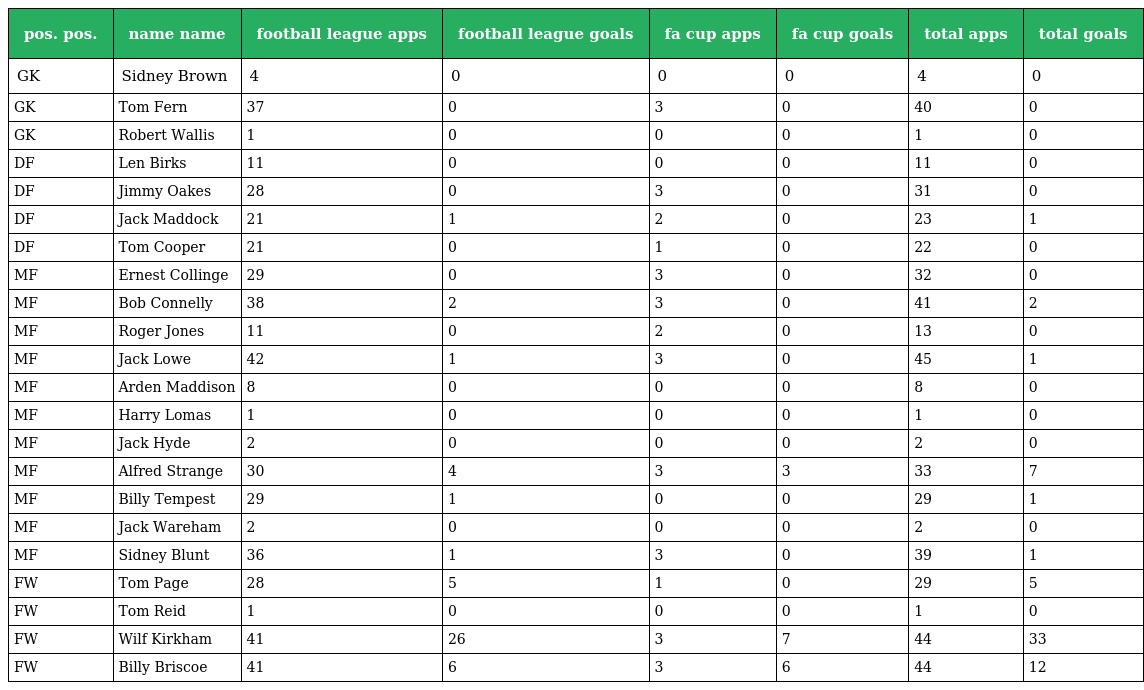
| pos. pos. | name name | football league apps | football league goals | fa cup apps | fa cup goals | total apps | total goals |
 | --- | --- | --- | --- | --- | --- | --- | --- |
 | GK | Sidney Brown | 4 | 0 | 0 | 0 | 4 | 0 |
 | GK | Tom Fern | 37 | 0 | 3 | 0 | 40 | 0 |
 | GK | Robert Wallis | 1 | 0 | 0 | 0 | 1 | 0 |
 | DF | Len Birks | 11 | 0 | 0 | 0 | 11 | 0 |
 | DF | Jimmy Oakes | 28 | 0 | 3 | 0 | 31 | 0 |
 | DF | Jack Maddock | 21 | 1 | 2 | 0 | 23 | 1 |
 | DF | Tom Cooper | 21 | 0 | 1 | 0 | 22 | 0 |
 | MF | Ernest Collinge | 29 | 0 | 3 | 0 | 32 | 0 |
 | MF | Bob Connelly | 38 | 2 | 3 | 0 | 41 | 2 |
 | MF | Roger Jones | 11 | 0 | 2 | 0 | 13 | 0 |
 | MF | Jack Lowe | 42 | 1 | 3 | 0 | 45 | 1 |
 | MF | Arden Maddison | 8 | 0 | 0 | 0 | 8 | 0 |
 | MF | Harry Lomas | 1 | 0 | 0 | 0 | 1 | 0 |
 | MF | Jack Hyde | 2 | 0 | 0 | 0 | 2 | 0 |
 | MF | Alfred Strange | 30 | 4 | 3 | 3 | 33 | 7 |
 | MF | Billy Tempest | 29 | 1 | 0 | 0 | 29 | 1 |
 | MF | Jack Wareham | 2 | 0 | 0 | 0 | 2 | 0 |
 | MF | Sidney Blunt | 36 | 1 | 3 | 0 | 39 | 1 |
 | FW | Tom Page | 28 | 5 | 1 | 0 | 29 | 5 |
 | FW | Tom Reid | 1 | 0 | 0 | 0 | 1 | 0 |
 | FW | Wilf Kirkham | 41 | 26 | 3 | 7 | 44 | 33 |
 | FW | Billy Briscoe | 41 | 6 | 3 | 6 | 44 | 12 |